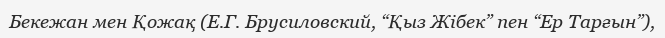
Бекежан мен Қожақ (Е.Г. Брусиловский, “Қыз Жібек” пен “Ер Тарғын”),